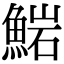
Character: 𩸶